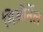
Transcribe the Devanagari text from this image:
गिओर्नेल